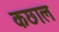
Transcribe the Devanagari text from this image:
कछाल